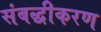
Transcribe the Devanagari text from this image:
संबद्धीकरण